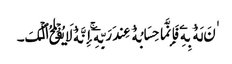
ٰنَ لَهُ ۥ بِهِۦ فَإِنَّمَا حِسَابُهُ ۥ عِندَ رَبِّهِۦۤ‌ۚ إِنَّهُ ۥ لَا یُفۡلِحُ ٱلۡکَ۔